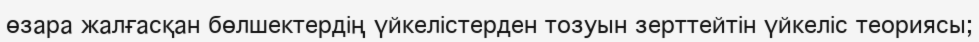
өзара жалғасқан бөлшектердің үйкелістерден тозуын зерттейтін үйкеліс теориясы;